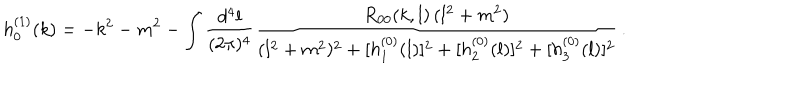
LaTeX: h _ { 0 } ^ { ( 1 ) } ( k ) = - k ^ { 2 } - m ^ { 2 } - \int { \frac { d ^ { 4 } l } { ( 2 \pi ) ^ { 4 } } } { \frac { R _ { 0 0 } ( k , l ) \, ( l ^ { 2 } + m ^ { 2 } ) } { ( l ^ { 2 } + m ^ { 2 } ) ^ { 2 } + [ h _ { 1 } ^ { ( 0 ) } ( l ) ] ^ { 2 } + [ h _ { 2 } ^ { ( 0 ) } ( l ) ] ^ { 2 } + [ h _ { 3 } ^ { ( 0 ) } ( l ) ] ^ { 2 } } } \, .